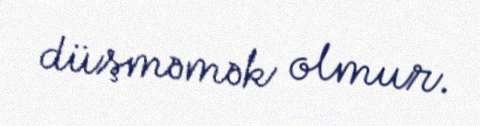
düşməmək olmur.